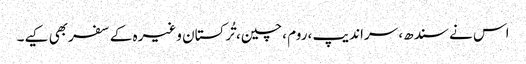
اس نے سندھ، سراندیپ ،روم ،چین، تُرکستان وغیرہ کے سفربھی کیے۔